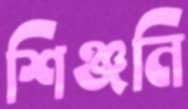
শিঞ্জনি